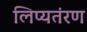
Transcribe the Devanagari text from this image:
लिप्यतंरण